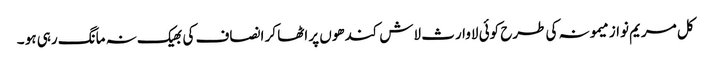
کل مریم نواز میمونہ کی طرح کوئی لاوارث لاش کندھوں پر اٹھا کر انصاف کی بھیک نہ مانگ رہی ہو ۔